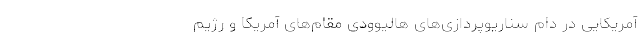
آمریکایی در دام سناریوپردازی‌های هالیوودی مقام‌های آمریکا و رژیم